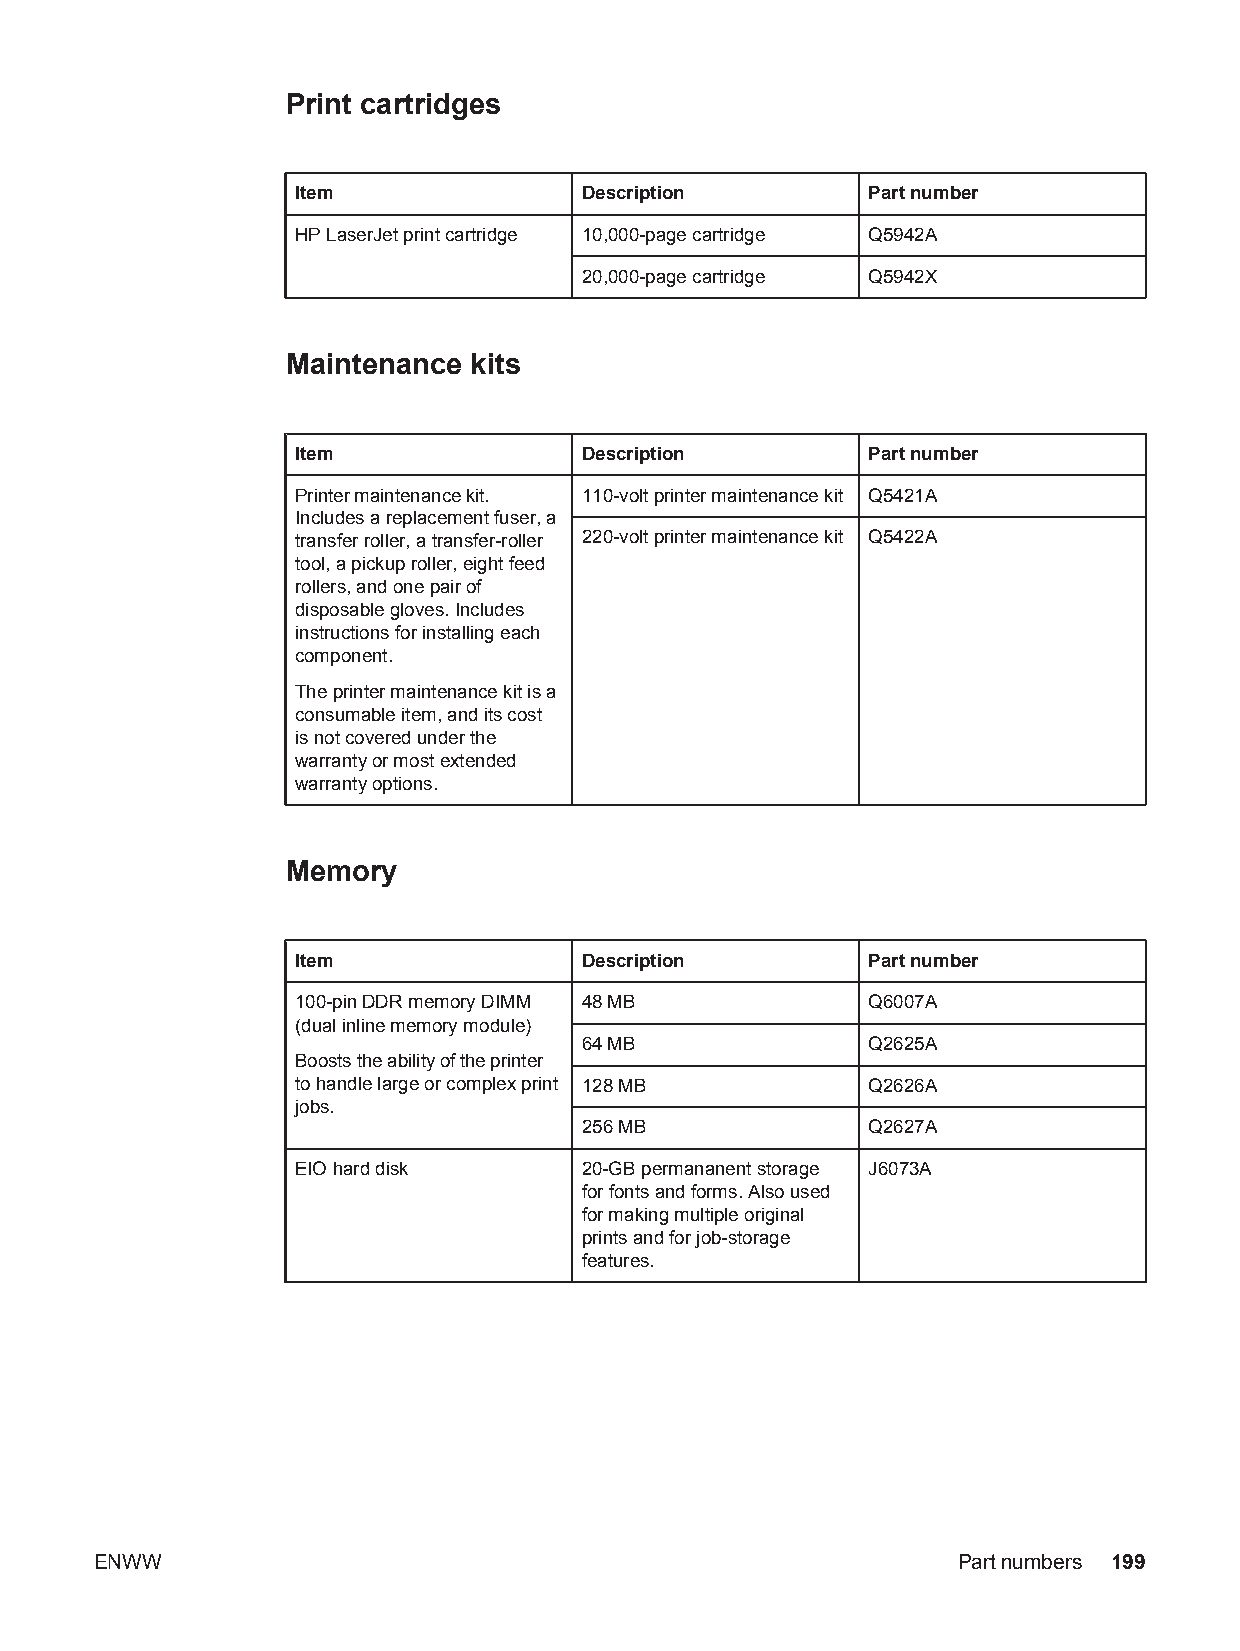
Print cartridges
 Item              Description        Part number
 HP LaserJet print cartridge 10,000-page cartridge Q5942A
 20,000-page cartridge Q5942X
 Maintenance kits
 Item              Description        Part number
 Printer maintenance kit. 110-volt printer maintenance kit Q5421A
 Includes a replacement fuser, a
 transfer roller, a transfer-roller 220-volt printer maintenance kit Q5422A
 tool, a pickup roller, eight feed
 rollers, and one pair of
 disposable gloves. Includes
 instructions for installing each
 component.
 The printer maintenance kit is a
 consumable item, and its cost
 is not covered under the
 warranty or most extended
 warranty options.
 Memory
 Item              Description        Part number
 100-pin DDR memory DIMM 48 MB        Q6007A
 (dual inline memory module)
 64 MB              Q2625A
 Boosts the ability of the printer
 to handle large or complex print 128 MB Q2626A
 jobs.
 256 MB             Q2627A
 EIO hard disk     20-GB permananent storage J6073A
 for fonts and forms. Also used
 for making multiple original
 prints and for job-storage
 features.
 ENWW                                                     Part numbers 199